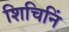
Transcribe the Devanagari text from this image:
शिचिनिं